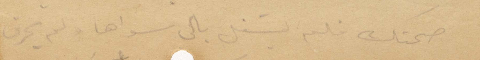
صحتك فلم يشغل بالي سواها ولم يحرق